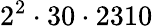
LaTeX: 2^{2}\cdot 30\cdot 2310